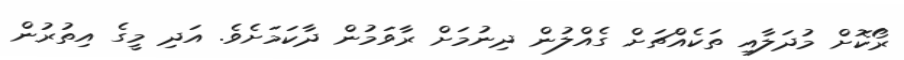
ރޯކޮށް މުދަލާއި ތަކެއްޗަށް ގެއްލުން ދިނުމަށް ރާވަމުން ދާކަމަށެވެ. އަދި މީގެ އިތުރުން